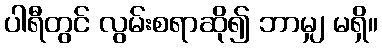
ပါရီတွင် လွမ်းစရာဆို၍ ဘာမျှ မရှိ။